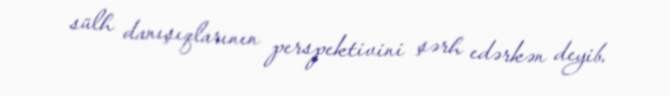
sülh danışıqlarının perspektivini şərh edərkən deyib.